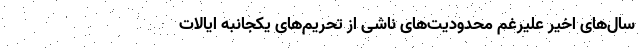
سال‌های اخیر علیرغم محدودیت‌های ناشی از تحریم‌های یکجانبه ایالات